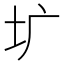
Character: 圹